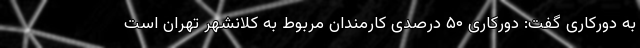
به دورکاری گفت: دورکاری ۵۰ درصدی کارمندان مربوط به کلانشهر تهران است